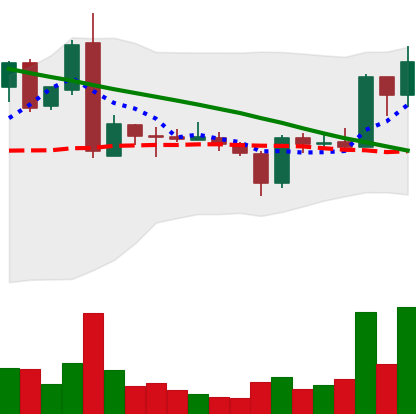
Ticker: ADA-USD
Chart end date: 2019-03-11
Forward return: 8.372%
Label: up_7plus